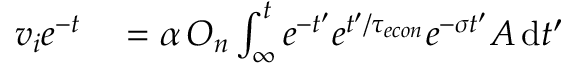
\begin{array} { r l } { v _ { i } e ^ { - t } } & { { } = \alpha \, O _ { n } \int _ { \infty } ^ { t } e ^ { - t ^ { \prime } } e ^ { t ^ { \prime } / { \tau _ { e c o n } } } e ^ { - \sigma t ^ { \prime } } A \, \mathrm { d } t ^ { \prime } } \end{array}